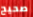
صحيح